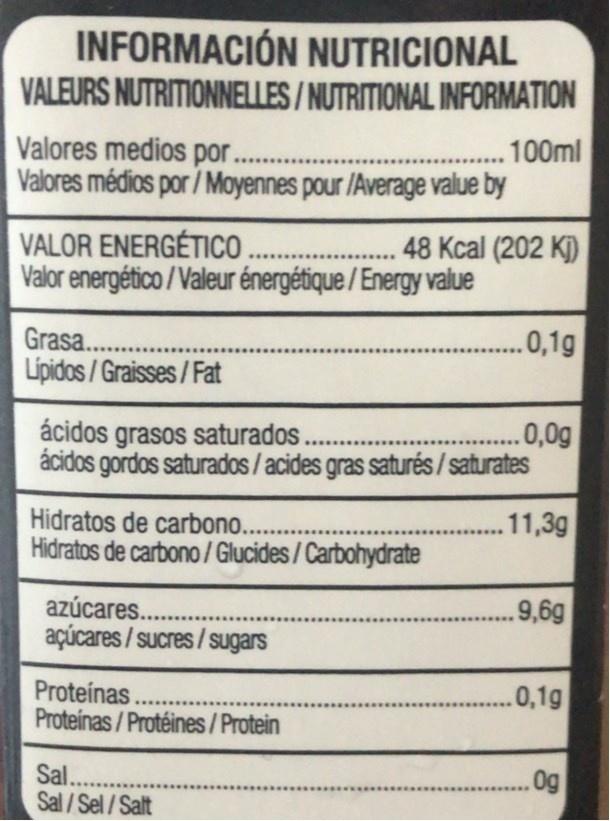
INFORMACIÓN NUTRICIONAL VALEURS NUTRITIONNELLES/NUTRITIONAL INFORMATION
Valores medios por ..... Valores médios por / Moyennes pour /Average value by
100ml
VALOR ENERGÉTIC . 48 Kcal (202 Kj) Valor energético / Valeur énergétique / Energy value
.....
Grasa..
.0,1g
Lipidos / Graisses / Fat
... .0,0g
ácidos grasos saturados. ácidos gordos saturados/ acides gras saturés/ saturates
Hidratos de carbono. . Hidratos de carbono/ Glucides/Carbohydrate
.11,3g
....
azúcares.. . açúcares / sucres/sugars
.9,6g
.......
Proteínas Proteinas/ Protéines/Protein
.0,1g
......
Sal.. Sal/Sel/Salt
... 0g
.....